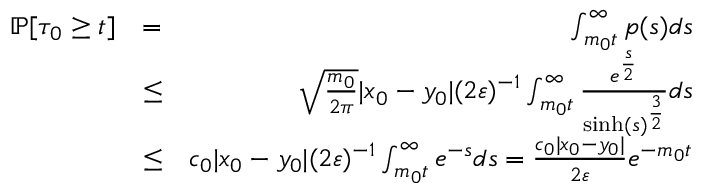
\begin{array} { r l r } { \mathbb { P } [ \tau _ { 0 } \ge t ] } & { = } & { \int _ { m _ { 0 } t } ^ { \infty } p ( s ) d s } \\ & { \le } & { \sqrt { \frac { m _ { 0 } } { 2 \pi } } | x _ { 0 } - y _ { 0 } | ( 2 \varepsilon ) ^ { - 1 } \int _ { m _ { 0 } t } ^ { \infty } \frac { e ^ { \frac { s } { 2 } } } { \sinh ( s ) ^ { \frac { 3 } { 2 } } } d s } \\ & { \le } & { c _ { 0 } | x _ { 0 } - y _ { 0 } | ( 2 \varepsilon ) ^ { - 1 } \int _ { m _ { 0 } t } ^ { \infty } e ^ { - s } d s = \frac { c _ { 0 } | x _ { 0 } - y _ { 0 } | } { 2 \varepsilon } e ^ { - m _ { 0 } t } } \end{array}